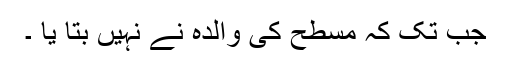
جب تک کہ مسطح کی والدہ نے نہیں بتا یا ۔